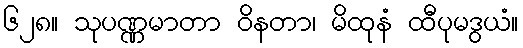
၆၂၈။ သုပဏ္ဏမာတာ ဝိနတာ၊ မိထုနံ ထီပုမဒွယံ။